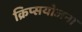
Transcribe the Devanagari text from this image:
क्रिप्सयोजना